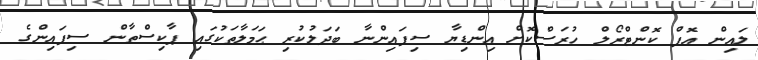
ލައިން އޮފް ކޮންޓްރޯލް ހުރަސްކޮށް އިންޑިޔާ ސިފައިންނާ ބަދަލުކުރި ޙަމަލާތަކުގައި ޕާކިސްތާން ސިފައިންގެ